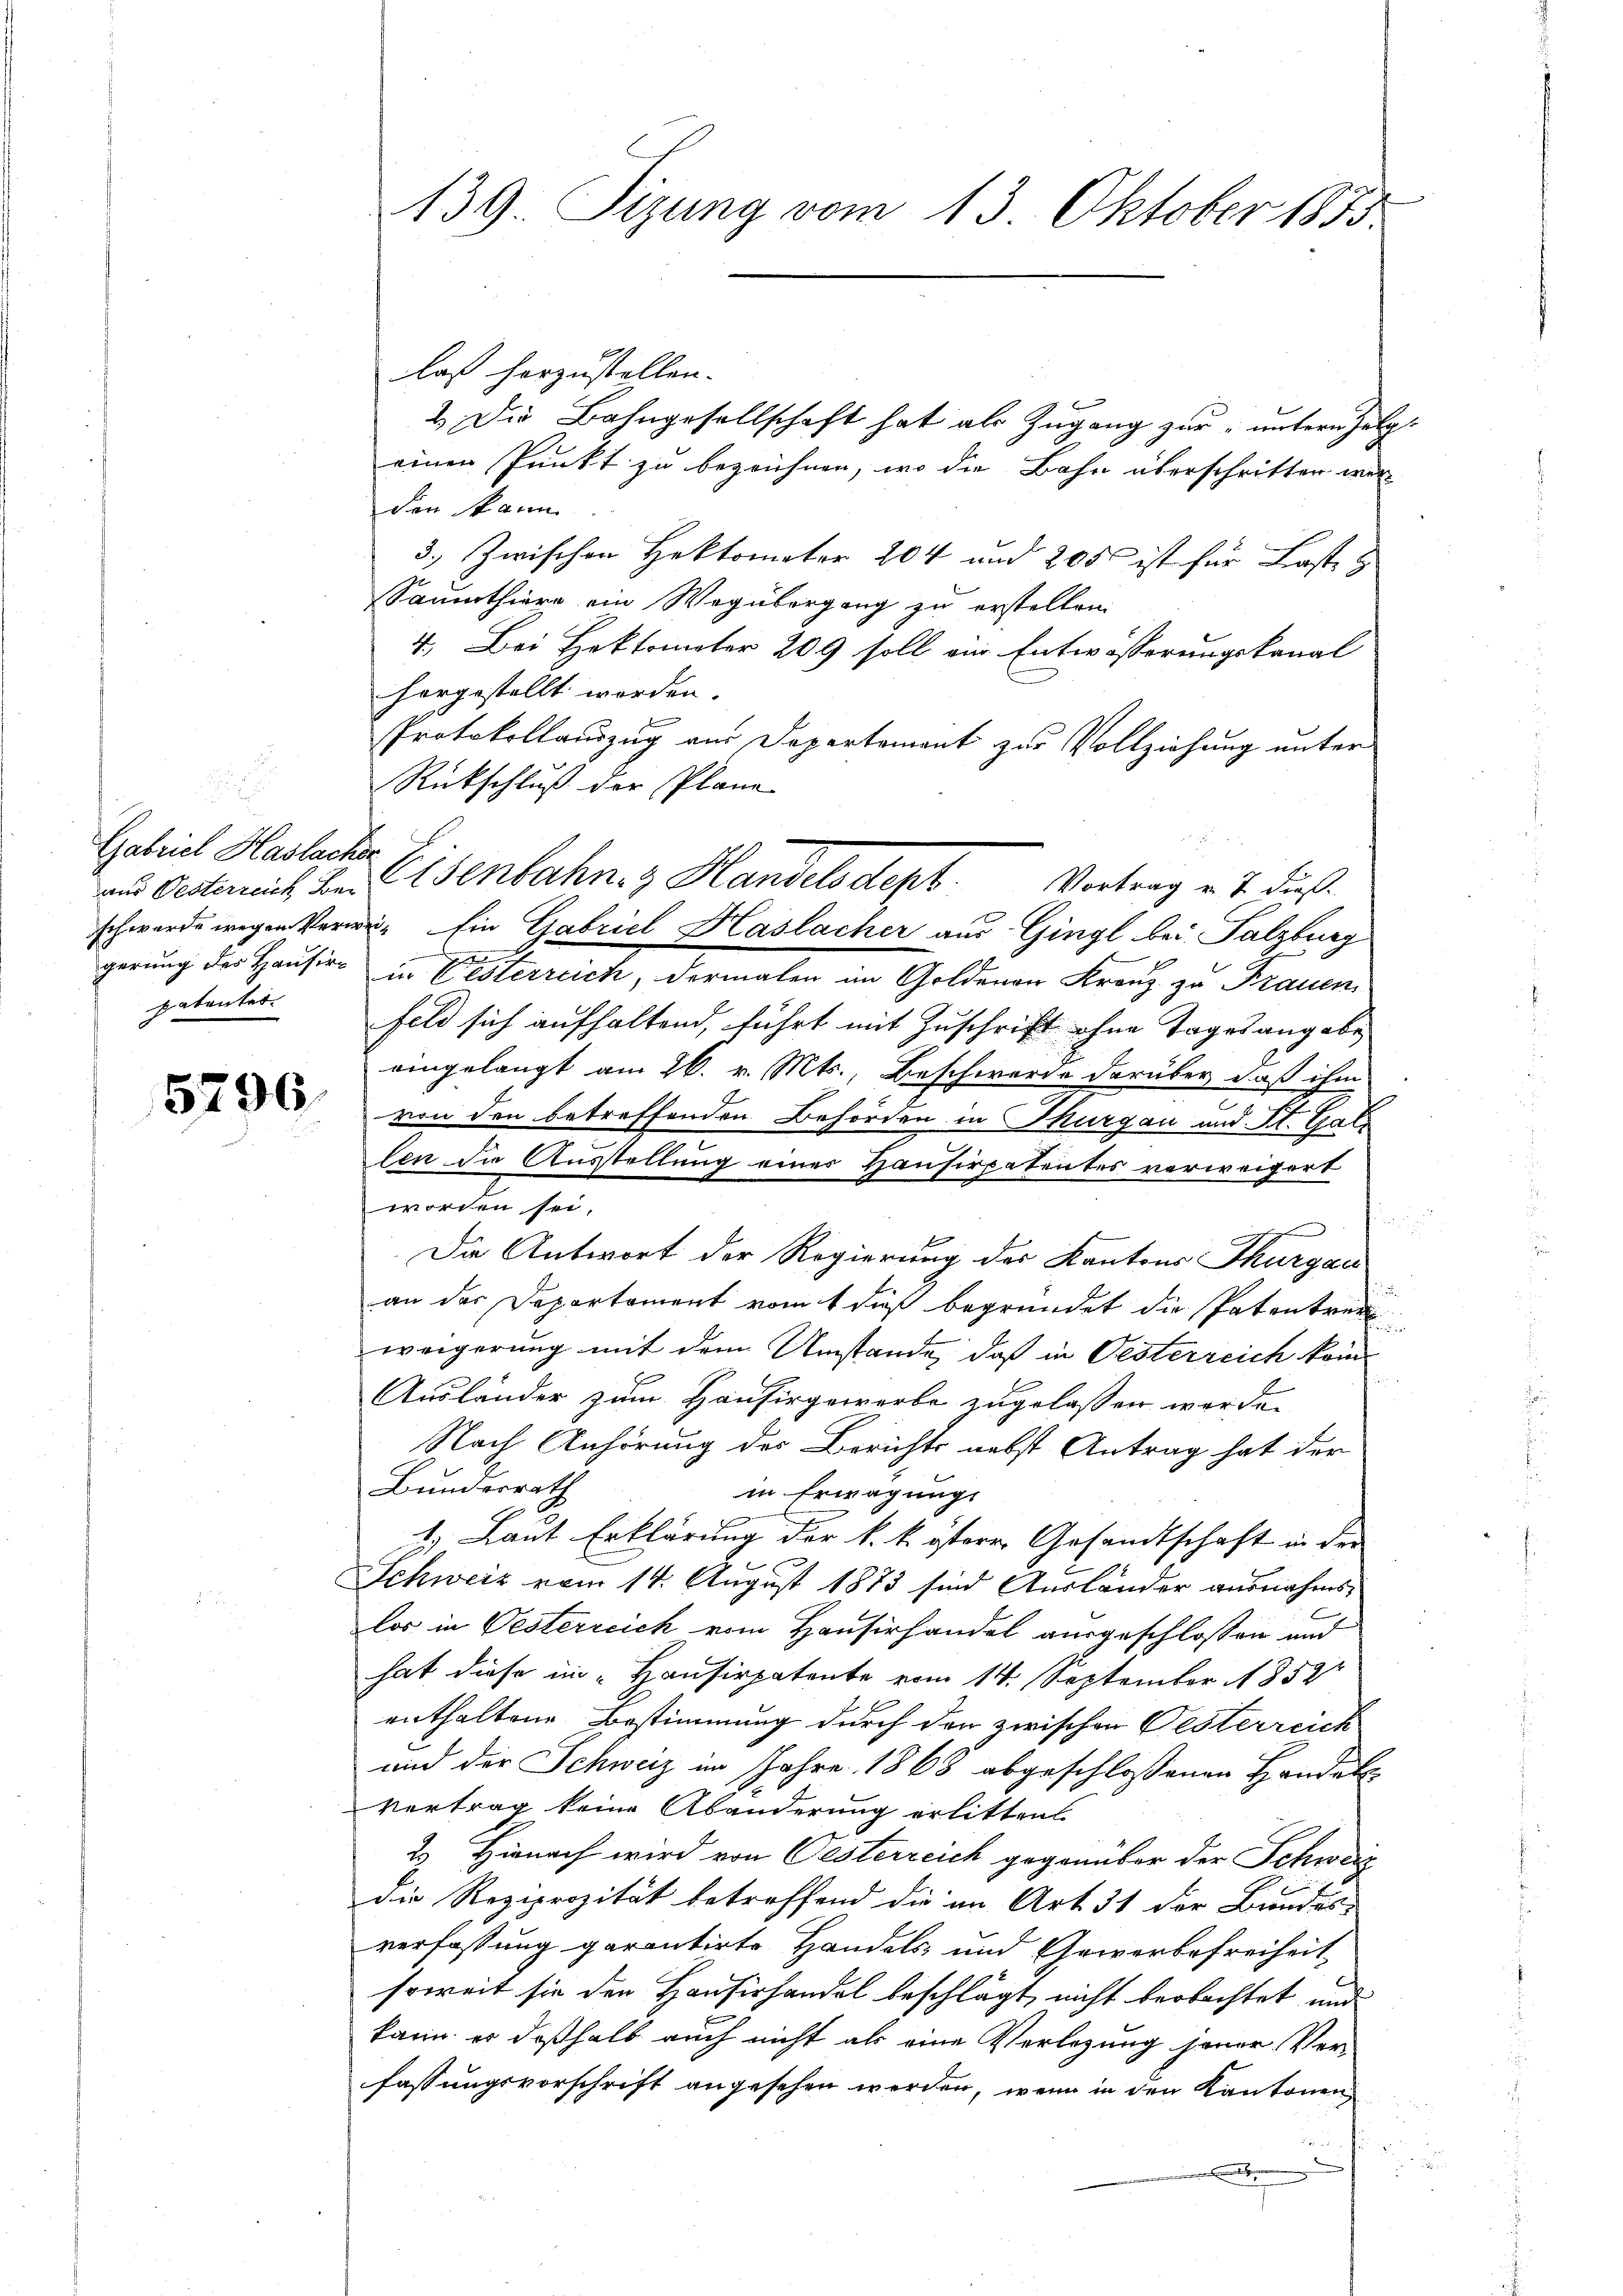
Gabriel Haslacher
patenter.

5296

139. Sizung vom 13. Oktober 1873.

laß herzustellen.
2. Die Bahngesellschaft hat als Zŭgang zŭr ŭntern Zelg.
einen Punkt zu bezeichnen, wo die Bahn überschritten wer
den kann
3.) Zwischen Hektomater 204 und 205 ist für Laste
Saumthiere ein Wegübergang zu erstellen.
4. Bei Hektometer 209 soll ein Entwässerungskanal
horgestellt worden.
Protokollauszug aus Departement zur Vollziehung unter
Rückschluß der Plane
und Oesterreich den Jenbahn. Handelsdept. Vortrag v. J. dießschwerde wegen Verweg Ein Gabriel Haslacher aus Gingl bei Salzburg

gerung des Hausire in Besterreich, dermalen im Goldenen Franz zu Frauen
feld sich aufhaltend, führt mit Zuschrift ohne Tagesangabe
eingelangt am 26. v. Mts., Beschwerde darüber, daß ihm
von den betreffenden Behörden in Thurgau und St. Gallen die Ausstellung einer Hausirpatentes verweigert
worden sei.
Die Antwort der Regierung des Kantons Thurgau
an das Departement vom 1 dieß begründet die Patentreu
weigerung mit dem Umstände, daß in Oesterreich kein
Ausländer zum Hausirgewerbe zugelassen werden
Nach Anhörung des Berichts nebst Antrag hat der
Bundesrath
in Erwägungs
1.) Laut Erklärung der k. k. österr Gesandtschaft in der
Schweiz vom 14. August 1873 sind Ausländer ausnahmslos in Oesterreich vom Hausirhandel ausgeschlossen und
hat diese im „Hausirpatente vom 14. September 1852
enthaltene Bestimmung durch den zwischen Oesterreich
und der Schweiz im Jahre 1868 abgeschlossenen Handels-
Vertrag keine Abänderung erlitten
2. Hienach wird von Oesterreich gegenüber der Schweiz
die Reziprozität betreffend die im Art. 31 der Bundes-
verfassung garantirte Handels- und Gewerbefreiheit
soweit sie den Hausirhandel beschlägt, nicht beobachtet und
kann es deßhalb auch nicht als eine Verlegung jener Verfassungsvorschrift angesehen werden, wenn in den Kantonen
neten